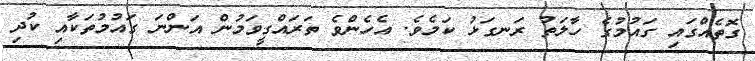
ގޮތެއްގައި ގައުމުގެ ހާލަތު ރަނގަޅު ކަމެވެ. އެހެންވެ ތަރައްގީވަމުން އަންނަ ގައުމުތަކާއި ކުދި